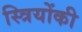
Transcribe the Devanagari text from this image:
स्त्रियोंकी